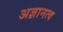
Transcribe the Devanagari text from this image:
अज्ञानत्व